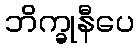
ဘိက္ခုနီပေ